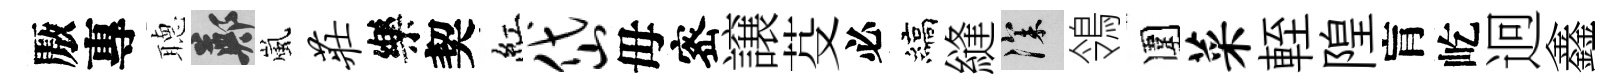
厫專𦗟鄭嵐庄樂契紅岱毋宻譲芟必縞縫深鴒圍菜輊隍肓屹迥鑫